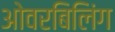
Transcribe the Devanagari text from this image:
ओवरबिलिंग